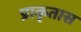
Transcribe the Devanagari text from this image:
प्राकृतास